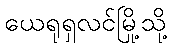
ယေရုရှလင်မြို့သို့